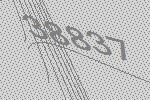
38837